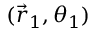
( \vec { r } _ { 1 } , \theta _ { 1 } )